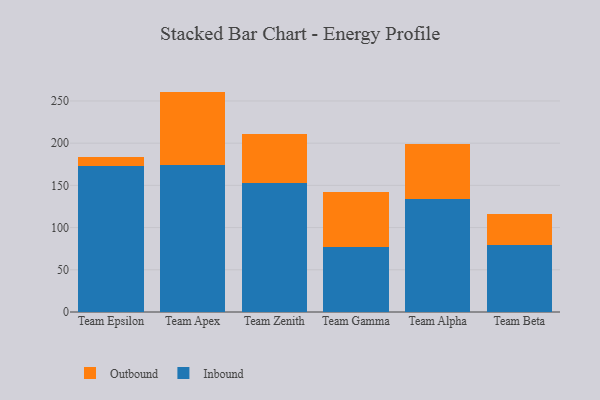
{"axis": {"x": "Team", "y": "Net Income (USD K)"}, "legend": ["Inbound", "Outbound"], "data": [{"x": "Team Epsilon", "y": 172.7, "type": "Inbound"}, {"x": "Team Epsilon", "y": 10.6, "type": "Outbound"}, {"x": "Team Apex", "y": 174.6, "type": "Inbound"}, {"x": "Team Apex", "y": 86.5, "type": "Outbound"}, {"x": "Team Zenith", "y": 152.4, "type": "Inbound"}, {"x": "Team Zenith", "y": 58.8, "type": "Outbound"}, {"x": "Team Gamma", "y": 76.8, "type": "Inbound"}, {"x": "Team Gamma", "y": 65.3, "type": "Outbound"}, {"x": "Team Alpha", "y": 133.4, "type": "Inbound"}, {"x": "Team Alpha", "y": 65.7, "type": "Outbound"}, {"x": "Team Beta", "y": 79.0, "type": "Inbound"}, {"x": "Team Beta", "y": 36.6, "type": "Outbound"}]}